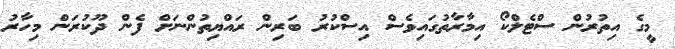
މީގެ އިތުރުން ސްޓެލްކޯ އިމާރާތުގައިވެސް އިސްކުރު ބަރިން ރައްޔިތުންނަށް ފެން ދޫކުރަން މިހާރު